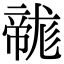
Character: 𢅛